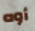
أوه